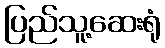
ပြည်သူ့ဆေးရုံ